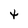
Character: t